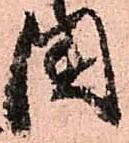
國